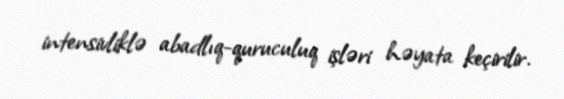
intensivliklə abadlıq-quruculuq işləri həyata keçirilir.